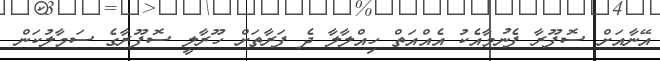
އޭނާއަށް ސޮފޫރާ ފެނުމާއެކު އެއްއަތް ހިއްލާލާ ދެ ފަރާތަށް ހޫރާލީ ސޮފޫރާގެ ސަމާލުކަން